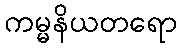
ကမ္မနိယတရော